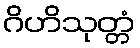
ဂိဟိသုတ္တံ